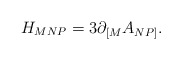
\begin{align*}{H_{MNP} = 3\partial_{\lbrack M} A_{NP\rbrack}.}\end{align*}